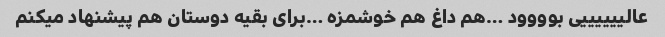
عالییییییی بوووود …هم داغ هم خوشمزه …برای بقیه دوستان هم پیشنهاد میکنم